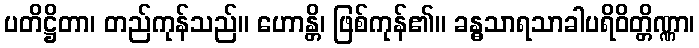
ပတိဋ္ဌိတာ၊ တည်ကုန်သည်။ ဟောန္တိ၊ ဖြစ်ကုန်၏။ ခန္ဓသာရသာခါပရိဝိတ္တိဏ္ဏာ၊